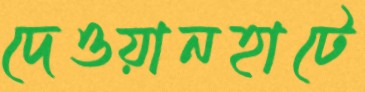
দেওয়ানহাটে